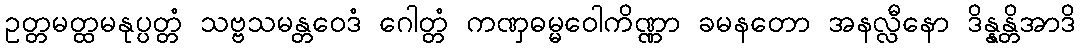
ဥတ္တမတ္ထမနုပ္ပတ္တံ သဗ္ဗသမန္တဝေဒံ ဂေါတ္တံ ကဏှဓမ္မဝေါကိဏ္ဏာ ခမနတော အနလ္လီနော ဒိန္နန္တိအာဒိ